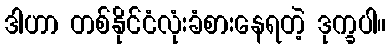
ဒါဟာ တစ်နိုင်ငံလုံးခံစားနေရတဲ့ ဒုက္ခပါ။